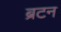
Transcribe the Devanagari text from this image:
ब्रटन